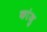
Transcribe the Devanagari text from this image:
कांजु